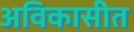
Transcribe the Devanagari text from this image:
अविकासीत